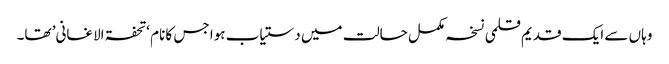
وہاں سے ایک قدیم قلمی نسخہ مکمل حالت میں دستیاب ہوا جس کا نام ‘تحفۃ الاغانی’ تھا۔